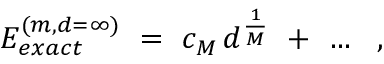
E _ { e x a c t } ^ { ( m , d = \infty ) } \ = \ c _ { M } \, d ^ { \frac { 1 } { M } } \ + \ \ldots \ \ ,